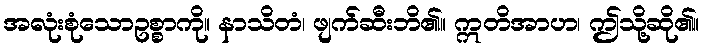
အလုံးစုံသောဥစ္စာကို။ နာသိတံ၊ ဖျက်ဆီးဘိ၏။ ဣတိအာဟ၊ ဤသို့ဆို၏။